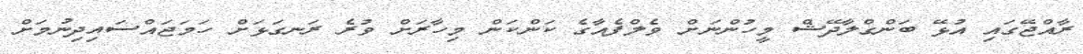
ރާއްޖޭގައި އުޅޭ ބަންގްލާދޭޝް މީހުންނަށް ވެލްފެއާގެ ކަންކަން މިހާރަށް ވުރެ ރަނގަޅަށް ހަމަޖައްސައިދިނުމަށް